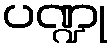
ပဏ္ဍု